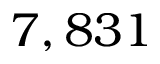
7 , 8 3 1